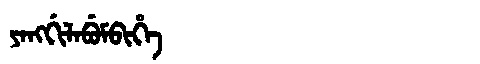
Manchu: ᠶᠠᠩᡤᡳᠯᠠᠪᡠᠮᠪᡳᡥᡝ
Romanization: YANGGILABUMBIHE